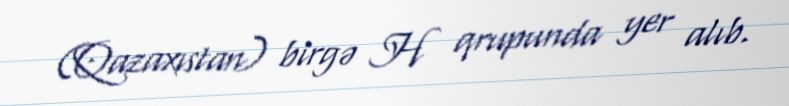
(Qazaxıstan) birgə H qrupunda yer alıb.